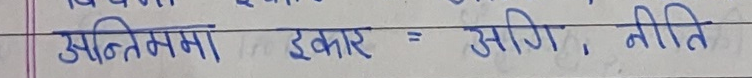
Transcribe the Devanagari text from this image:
अन्तिम्‌मा इकार = अग्नि, नीति